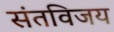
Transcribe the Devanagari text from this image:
संतविजय